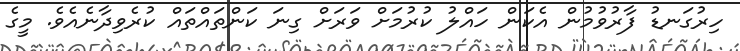
ހިރުގަނޑު ފާރުވުމުން އެކަން ހައްލު ކުރުމަށް ވަރަށް ގިނަ ކަންތައްތައް ކުރެވިދާނެއެވެ. މީގެ